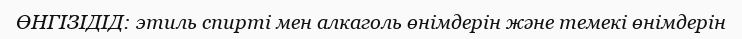
ӨНГІЗІДІД: этиль спирті мен алкаголь өнімдерін және темекі өнімдерін